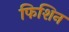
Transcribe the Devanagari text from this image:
फिशिन